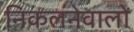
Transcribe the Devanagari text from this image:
निकलनेवालों